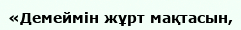
«Демеймін жұрт мақтасын,